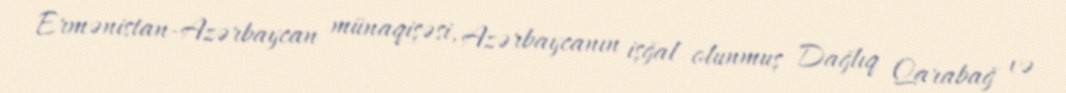
Ermənistan-Azərbaycan münaqişəsi, Azərbaycanın işğal olunmuş Dağlıq Qarabağ və